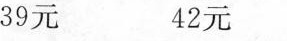
39元 42元